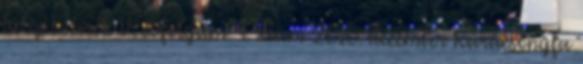
Fülöpi Hírek V. évfolyam 4. szám 2010. december Karácsonyfa